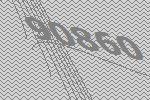
90860